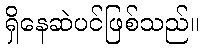
ရှိနေဆဲပင်ဖြစ်သည်။